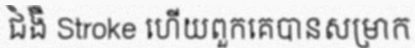
ជំងឺ Stroke ហើយពួកគេបានសម្រាក